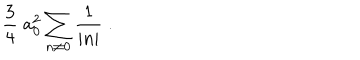
LaTeX: { \frac { 3 } { 4 } } \; a _ { 0 } ^ { 2 } \sum _ { n \neq 0 } { \frac { 1 } { | n | } } \; .